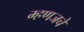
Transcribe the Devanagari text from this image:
म्हणजचे